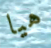
هيا